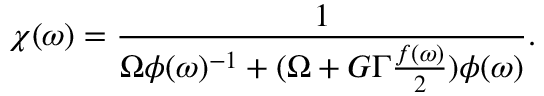
\chi ( \omega ) = \frac { 1 } { \Omega \phi ( \omega ) ^ { - 1 } + ( \Omega + G \Gamma \frac { f ( \omega ) } { 2 } ) \phi ( \omega ) } .